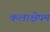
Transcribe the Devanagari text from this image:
कलाक्षेपम